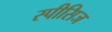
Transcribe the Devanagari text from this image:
स्पीसिज